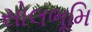
સોલભૂમિ